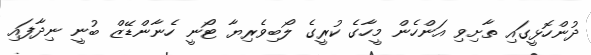
ދުންހޮޅީގައި ތާށިވި އަންހެން މީހާގެ ކުރީގެ ލޯބިވެރިޔާ ޓޯނީ ހެނާންޑޭޒް ބުނީ ނިދާފައި